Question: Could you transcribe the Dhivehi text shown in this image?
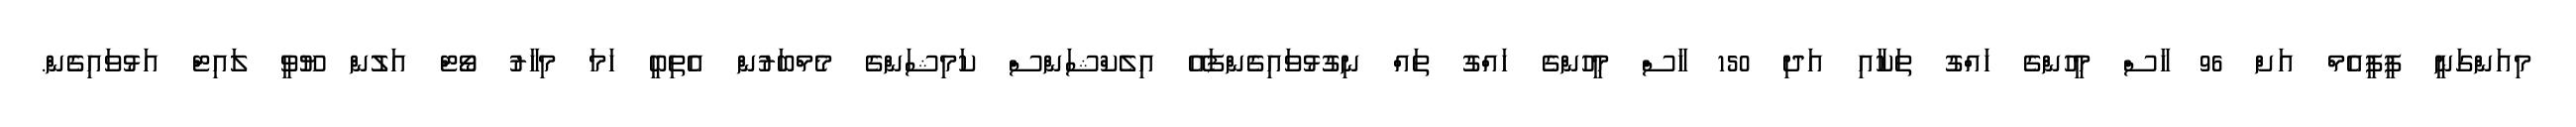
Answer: މިއަންގަނީ ޕީޕީއެމް އަށް 96 ހާސް މީހުންގެ ހައްގު ތަކާއި އަދި 150 ހާސް މީހުންގެ ހައްގު ތައް ނިގުޅުވައިގެންފައޭ އިލެކްޝަންސް ކަމިޝަންގެ މެމްބަރުން އެތިބީ ހަމަ މިހާރު ވޯޓް އަލުން ޔޫވީ ލައިޓް އަޅުވައިގެން.